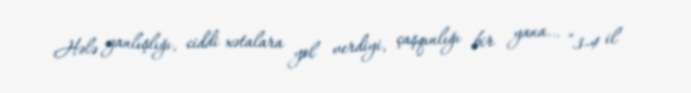
Hələ yanlışlığı, ciddi xətalara yol verdiyi, çaşqınlığı bir yana… “3-4 il